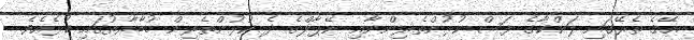
އޭގެ ތެރޭގައި ލަންކާގެ ފަސް ކުޅުންތެރިންނާއި ނޭޕާލްގެ ދެ ކުޅުންތެރިން މުބާރާތުގައި ކުޅެއެވެ.